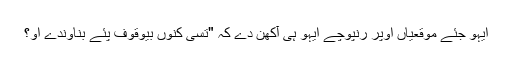
ایہو جئے موقعیاں اوپر رنپوچے ایہو ہی آکھن دے کہ "تسی کِنوں بیوقوف پئے بناوندے او؟